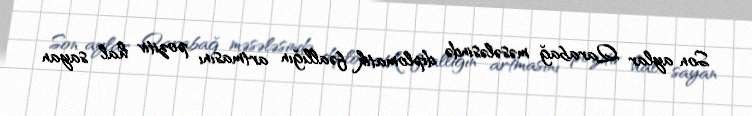
Son aylar Qarabağ məsələsində diplomatik fəallığın artmasını pozitiv hal sayan